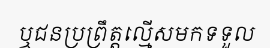
ឬជនប្រព្រឹត្តល្មើសមកទទួល